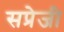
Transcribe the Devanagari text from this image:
सप्रेजी